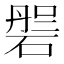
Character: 𱴝